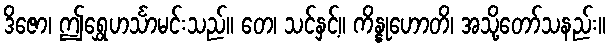
ဒိဇော၊ ဤရွှေဟင်္သာမင်းသည်။ တေ၊ သင်နှင့်။ ကိန္နုဟောတိ၊ အသို့တော်သနည်း။